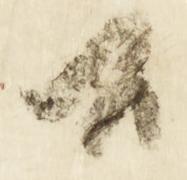
候